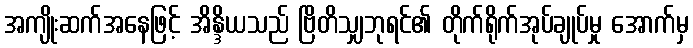
အကျိုးဆက်အနေဖြင့် အိန္ဒိယသည် ဗြိတိသျှဘုရင်၏ တိုက်ရိုက်အုပ်ချုပ်မှု အောက်မှ